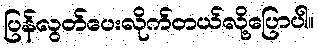
ပြန်လွတ်ပေးလိုက်တယ်လို့ပြောပါ။